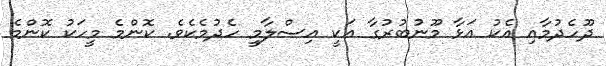
ދޫހެދުމާއި އެކު އަޅާ މޫނުބުރުގާ އަކީ އިސްލާމީ ހެދުމެކެވެ. ކޮންމެ މީހަކު ކޮންމެ